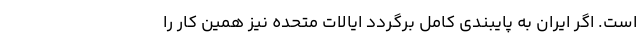
است. اگر ایران به پایبندی کامل برگردد ایالات متحده نیز همین کار را